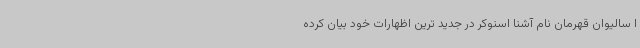
ا سالیوان قهرمان نام آشنا اسنوکر در جدید ترین اظهارات خود بیان کرده